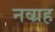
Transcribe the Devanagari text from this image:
नव्ग्रह